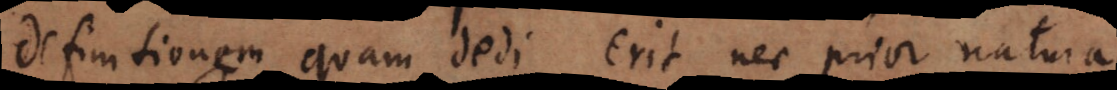
definitionem quam dedi erit nec prior natura